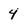
Character: 4